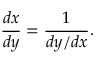
{ \frac { d x } { d y } } = { \frac { 1 } { d y / d x } } .